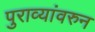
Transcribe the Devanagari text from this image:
पुराव्यांवरुन